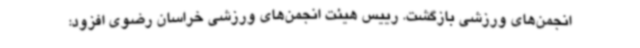
انجمن‌های ورزشی بازگشت. رییس هیئت انجمن‌های ورزشی خراسان رضوی افزود: